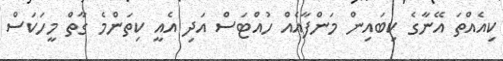
ކިއެއްތަ އޭނާގެ ކިބައިން މަންފާއެއް ހުއްޓަސް އަދި އެއީ ކިތަންމެ ގާތް މީހަކަސް